Annual administration and progress report of the Indian Medical Department, Bombay
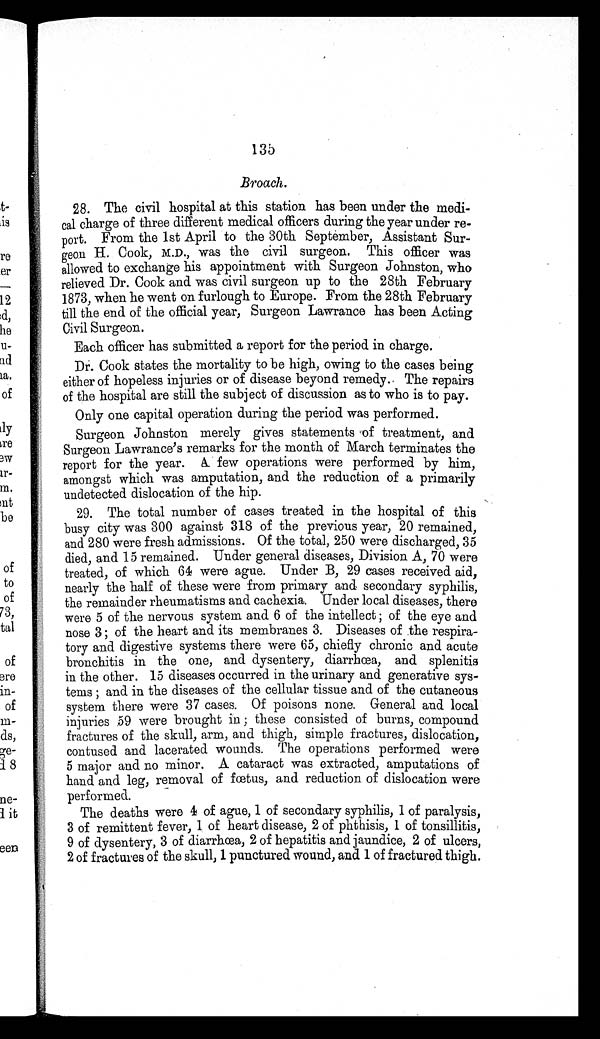
135
Broach.
28. The civil hospital at this station has been under the medi
-cal charge of three different medical officers during the year under re
-port. From the 1st April to the 30th September, Assistant Sur
- g e o n H . C o o k , M . D . , w a s t h e c i v i l s u r g e o n . T h i s o f f i c e r w a s
allowed to exchange his appointment with Surgeon Johnston, who
relieved Dr. Cook and was civil surgeon up to the 28th February
1873, when he went on furlough to Europe. From the 28th February
till the end of the official year, Surgeon Lawrance has been Acting
Civil Surgeon.
Each officer has submitted a report for the period in charge.
Dr. Cook states the mortality to be high, owing to the cases being
either of hopeless injuries or of disease beyond remedy. The repairs
of the hospital are still the subject of discussion as to who is to pay.
Only one capital operation during the period was performed.
Surgeon Johnston merely gives statements of treatment, and
Surgeon Lawrance's remarks for the month of March terminates the
report for the year. A few operations were performed by him,
amongst which was amputation, and the reduction of a primarily
undetected dislocation of the hip.
29. The total number of cases treated in the hospital of this
busy city was 300 against 318 of the previous year, 20 remained,
and 280 were fresh admissions. Of the total, 250 were discharged, 35
died, and 15 remained. Under general diseases, Division A, 70 were
treated, of which 64 were ague. Under B, 29 cases received aid,
nearly the half of these were from primary and secondary syphilis,
the remainder rheumatisms and cachexia. Under local diseases, there
were 5 of the nervous system and 6 of the intellect ; of the eye and
nose 3 ; of the heart and its membranes 3. Diseases of the respira
- t o r y a n d d i g e s t i v e s y s t e m s t h e r e w e r e 6 5 , c h i e f l y c h r o n i c a n d a c u t e
bronchitis in the one, and dysentery, diarrhœa, and splenitis
in the other. 15 diseases occurred in the urinary and generative sys
- t e m s ; a n d i n t h e d i s e a s e s o f t h e c e l l u l a r t i s s u e a n d o f t h e c u t a n e o u s
system there were 37 cases. Of poisons none. General and local
injuries 59 were brought in ; these consisted of burns, compound
fractures of the skull, arm, and thigh, simple fractures, dislocation,
contused and lacerated wounds. The operations performed were
5 major and no minor. A cataract was extracted, amputations of
hand and leg, removal of fœtus, and reduction of dislocation were
performed.
The deaths were 4 of ague, 1 of secondary syphilis, 1 of paralysis,
3 of remittent fever, 1 of heart disease, 2 of phthisis, 1 of tonsillitis,
9 of dysentery, 3 of diarrhœa, 2 of hepatitis and jaundice, 2 of ulcers,
2 of fractures of the skull, 1 punctured wound, and 1 of fractured thigh.